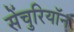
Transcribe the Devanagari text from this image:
सेंचुरियॉन